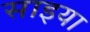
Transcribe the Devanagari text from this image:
साइया